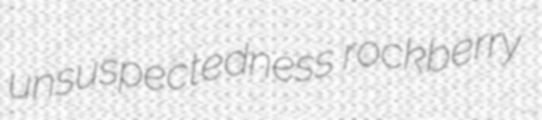
unsuspectedness rockberry